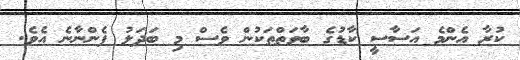
ކުރާ އެންމެ އަސާސީ ކާޑުގެ ބާވަތްތަކުން ވެސް މި ބަދަލު ފެންނާނެ އެވެ.